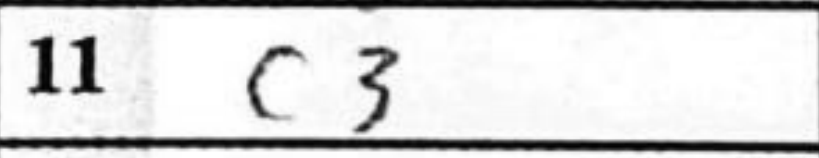
Transcription: c3